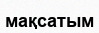
мақсатым